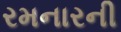
રમનારની